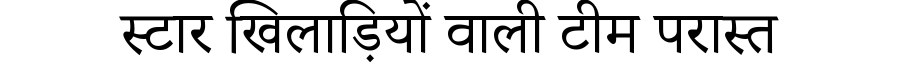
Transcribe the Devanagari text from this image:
स्टार खिलाड़ियों वाली टीम परास्त